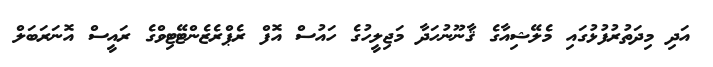
އަދި މިދަތުރުފުޅުގައި މެލޭޝިއާގެ ޤާނޫނުހަދާ މަޖިލީހުގެ ހައުސް އޮފް ރެޕްރެޒެންޓޭޓިވްގެ ރައީސް އޮނަރަބަލް